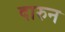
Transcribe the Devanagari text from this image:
दारुन